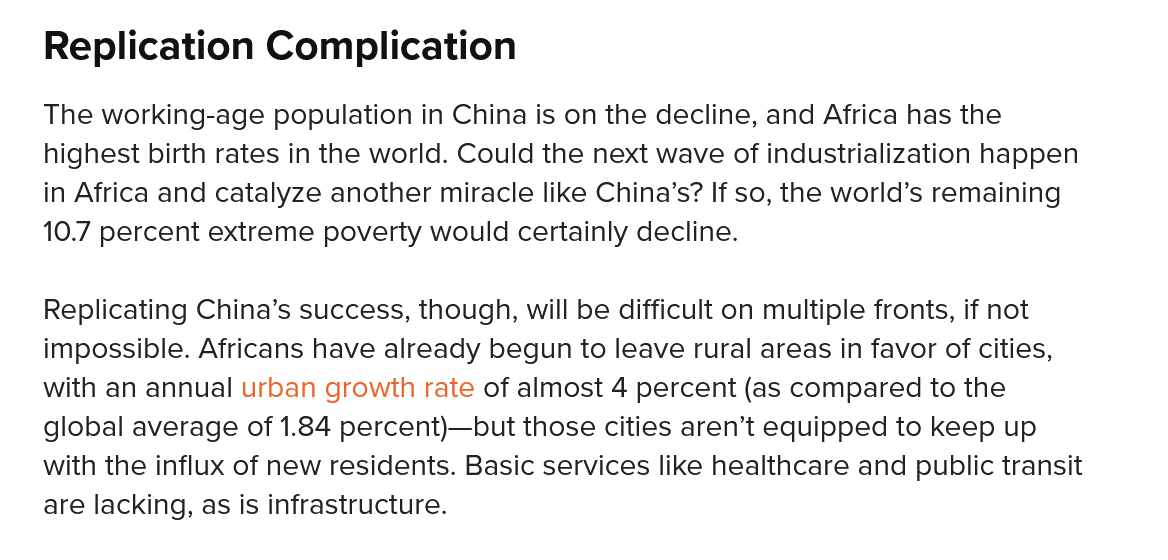
Replication    Complication
    Replicating China’s success, though, will be difficult on multiple fronts, if not
    impossible. Africans have already begun to leave rural areas in favor of cities,
    with an annual urban growth rate of almost 4 percent (as compared to the
    global average of 1.84 percent)—but those cities aren’t equipped to keep up
    with the influx of new residents. Basic services like healthcare and public transit
    are lacking, as is infrastructure.
    The working-age population in China is on the decline, and Africa has the
    highest birth rates in the world. Could the next wave of industrialization happen
    in Africa and catalyze another miracle like China’s? If so, the world’s remaining
    10.7 percent extreme poverty would certainly decline.